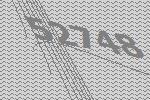
52748